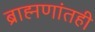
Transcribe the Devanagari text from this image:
ब्राह्मणांतही